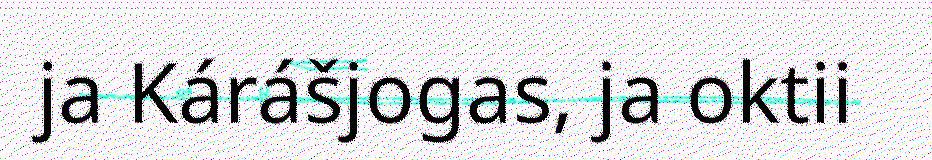
ja Kárášjogas, ja oktii